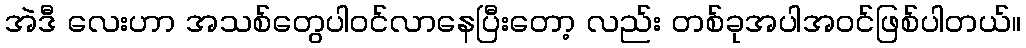
အဲဒီ လေးဟာ အသစ်တွေပါဝင်လာနေပြီးတော့ လည်း တစ်ခုအပါအဝင်ဖြစ်ပါတယ်။